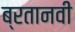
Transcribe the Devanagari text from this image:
ब्रतानवी